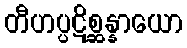
တီဟပ္ပဋိစ္ဆန္နာယော